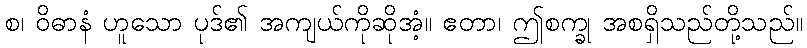
စ၊ ဝိဓာနံ ဟူသော ပုဒ်၏ အကျယ်ကိုဆိုအံ့။ ဧတာ၊ ဤစက္ခု အစရှိသည်တို့သည်။